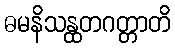
ဓမနိသန္ထတဂတ္တာတိ